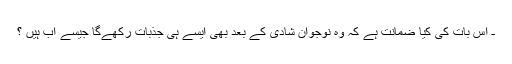
ـ اس بات كى كيا ضمانت ہے كہ وہ نوجوان شادى كے بعد بھى ايسے ہى جذبات ركھےگا جيسے اب ہيں ؟